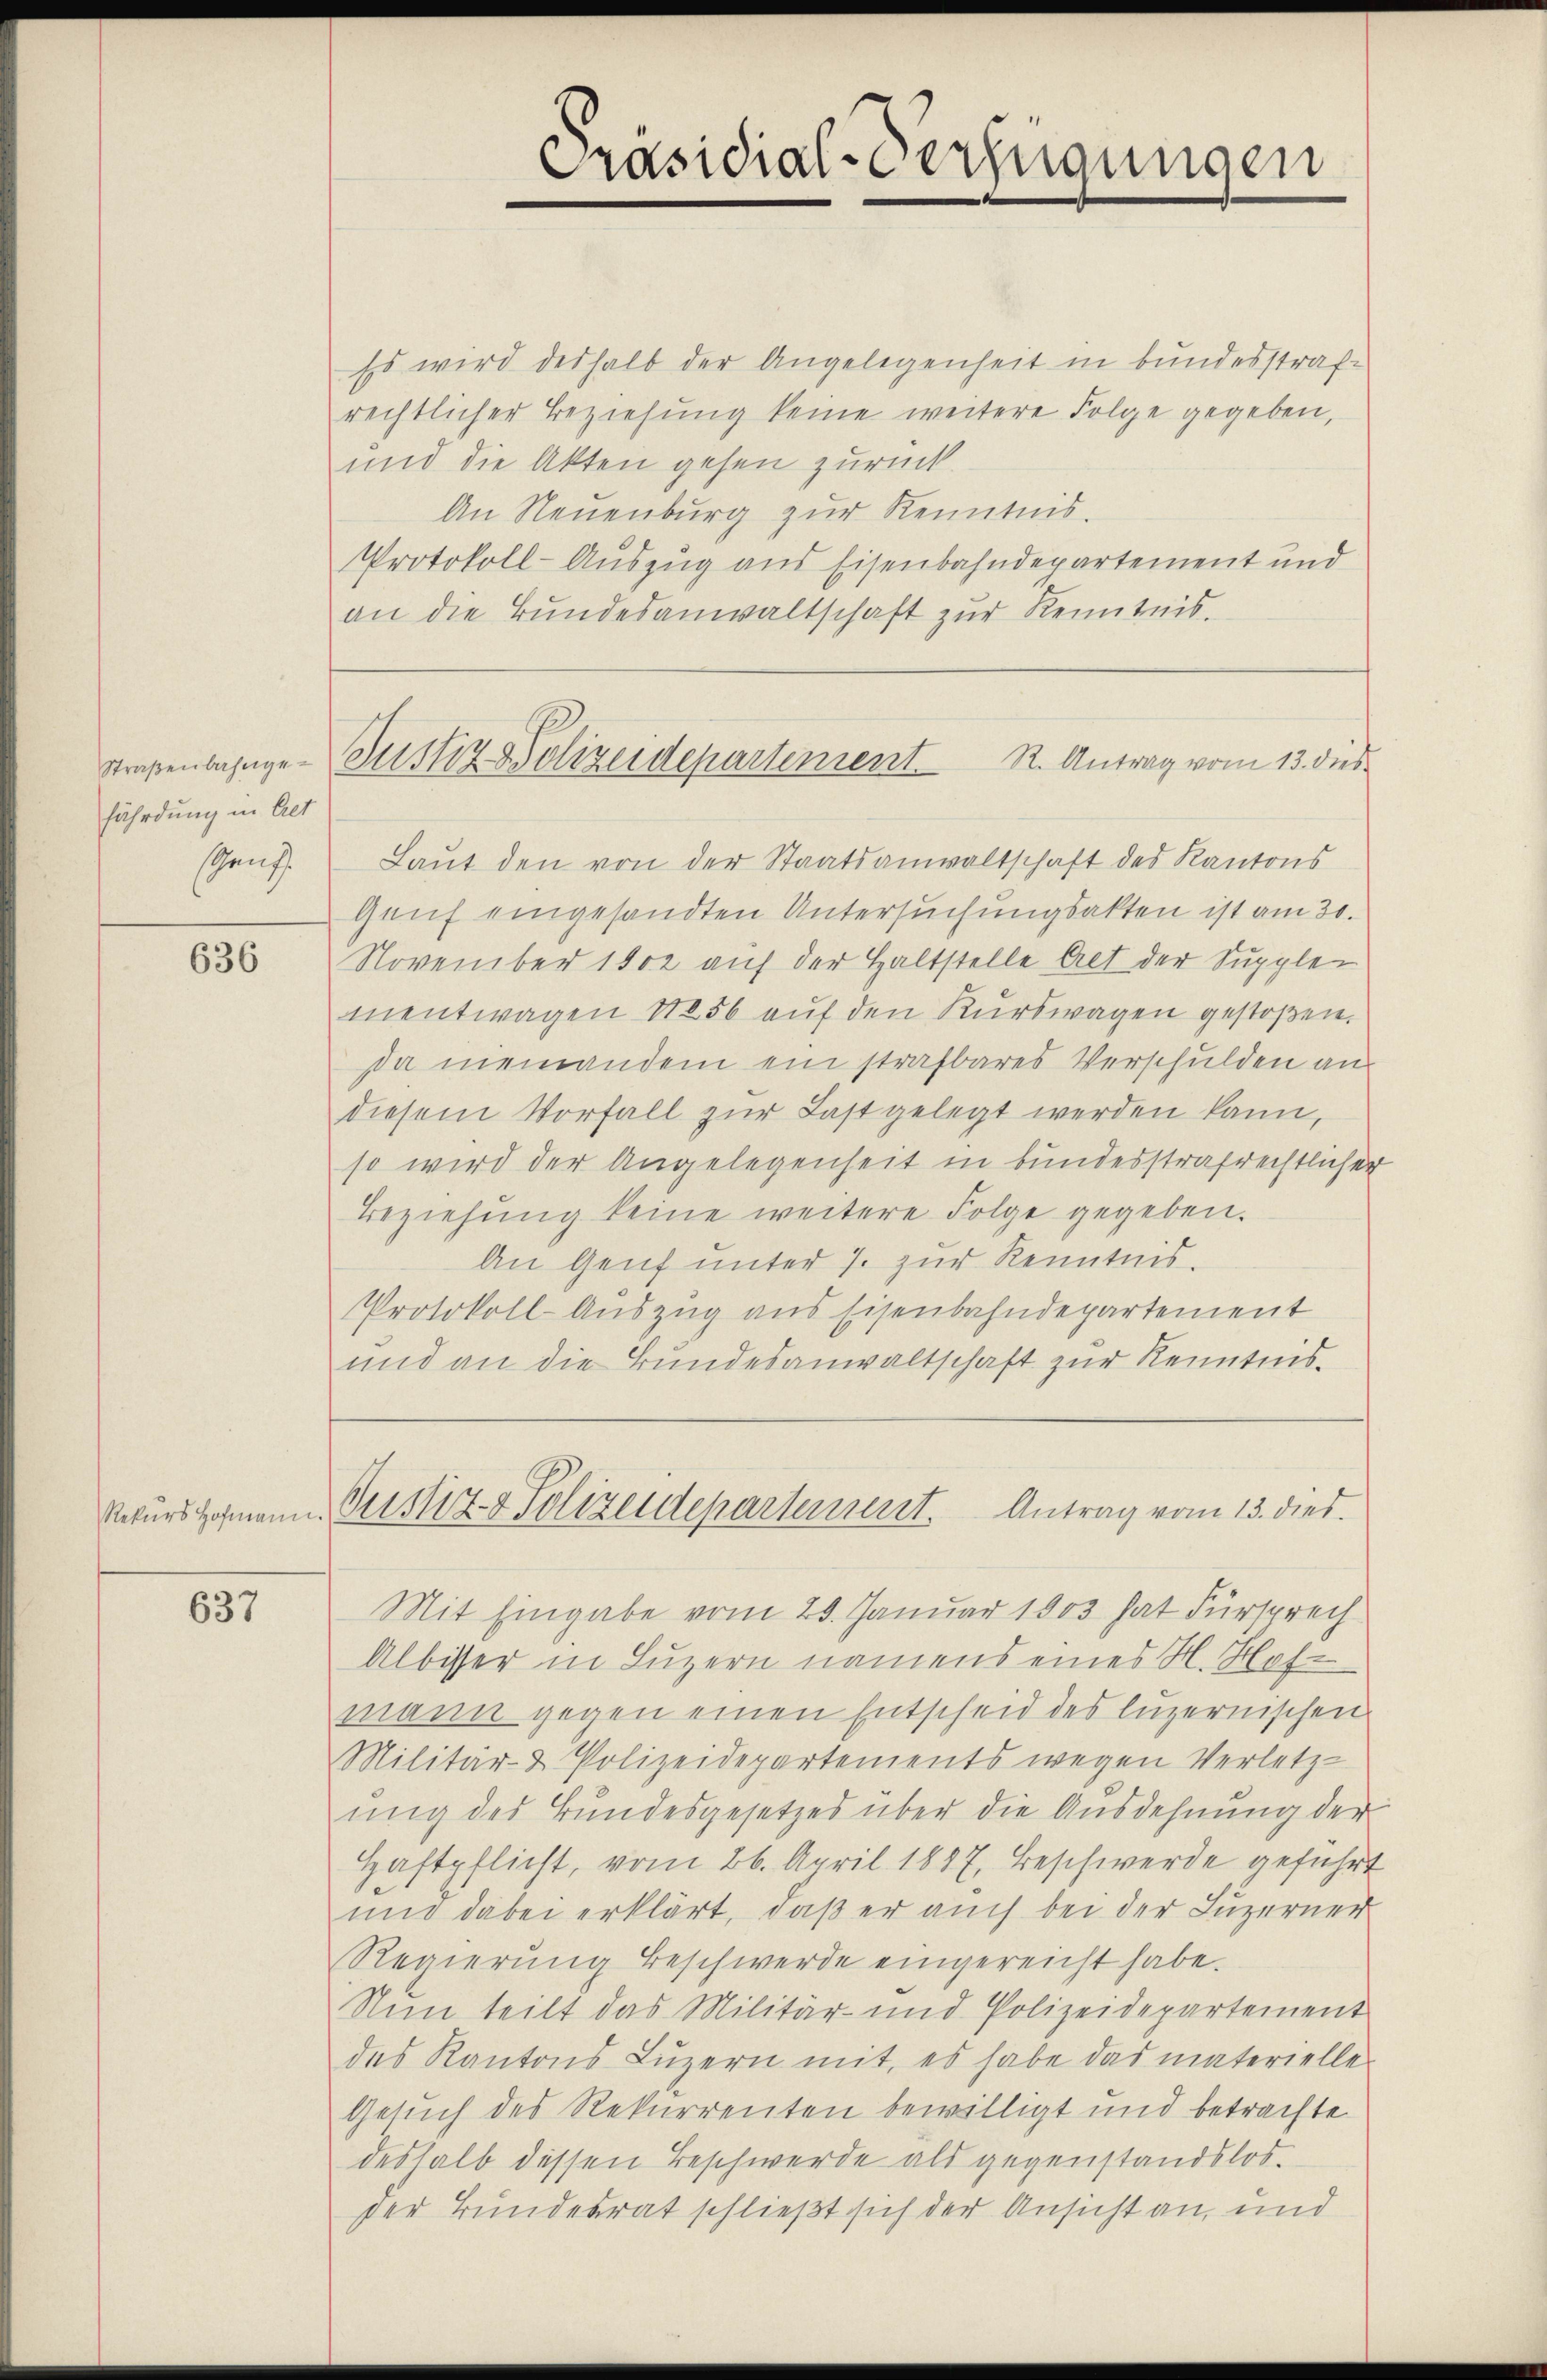
fährdung in Alt
Ganz

636

637

Präsidial-Verfügungen

Straßenbezuge-Justiz Polizeidepartement K. Antrag vom 13. dies

Es wird deshalb der Angelegenheit in bundesstrafrechtlicher Beziehung keine weitere Folge gegeben,
und die Akten gehen zurück.
An Neuenburg zur Kenntnis.
Protokoll-Auszug aus Eisenbahndepartement und
an die Bundesanwaltschaft zur Kenntnis.

Laŭt den von der Staatsanwaltschaft des Kantons
Genf eingesandten Untersuchungsakten ist am 30.
November 1802 auf der Haltstelle Art der Suppler
ientwagen 1856 auf den Kurswagen gestoßen.
da niemandem ein strafbares Verschulden an
diesem Vorfall zur Last gelegt werden kann,
so wird der Angelegenheit in bundesstrafrechtlicher
Beziehung keine weitere Folge gegeben.
An Genf unter 7. zur Kenntnis.
Protokoll-Auszug aus Eisenbahndepartement
und an die Bundesanwaltschaft zur Kenntnis¬
Rekurs Hofmann. Sistiz- & Polizeidepartement. Antrag vom 13. dies
Mit Eingabe vom 20. Januar 1903 hat Fürsprech
Albisser in Luzern namens eines H. Hof-
mann gegen einen Entscheid des luzernischen
Militär- & Polizeidepartements wegen Verletzung des Bundesgesetzes über die Ausdehnung der
Haftpflicht, vom 26. April 1887, Beschwerde geführt
und dabei erklärt, daß er auch bei der Luzerner
Regierung beschwerde eingereicht habe.
Nun teilt das Militär- und Polizeidepartement
des Kantons Luzern mit, es habe das materielle
Gesuch des Rekurrenten bewilligt und betrachte
deshalb dessen Beschwerde als gegenstandslos.
der Bundesrat schließt sich der Ansicht an, und